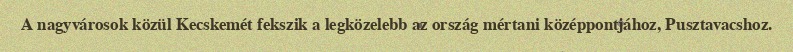
A nagyvárosok közül Kecskemét fekszik a legközelebb az ország mértani középpontjához, Pusztavacshoz.